V__Kingissepa_nim__kolhoos, lk 42
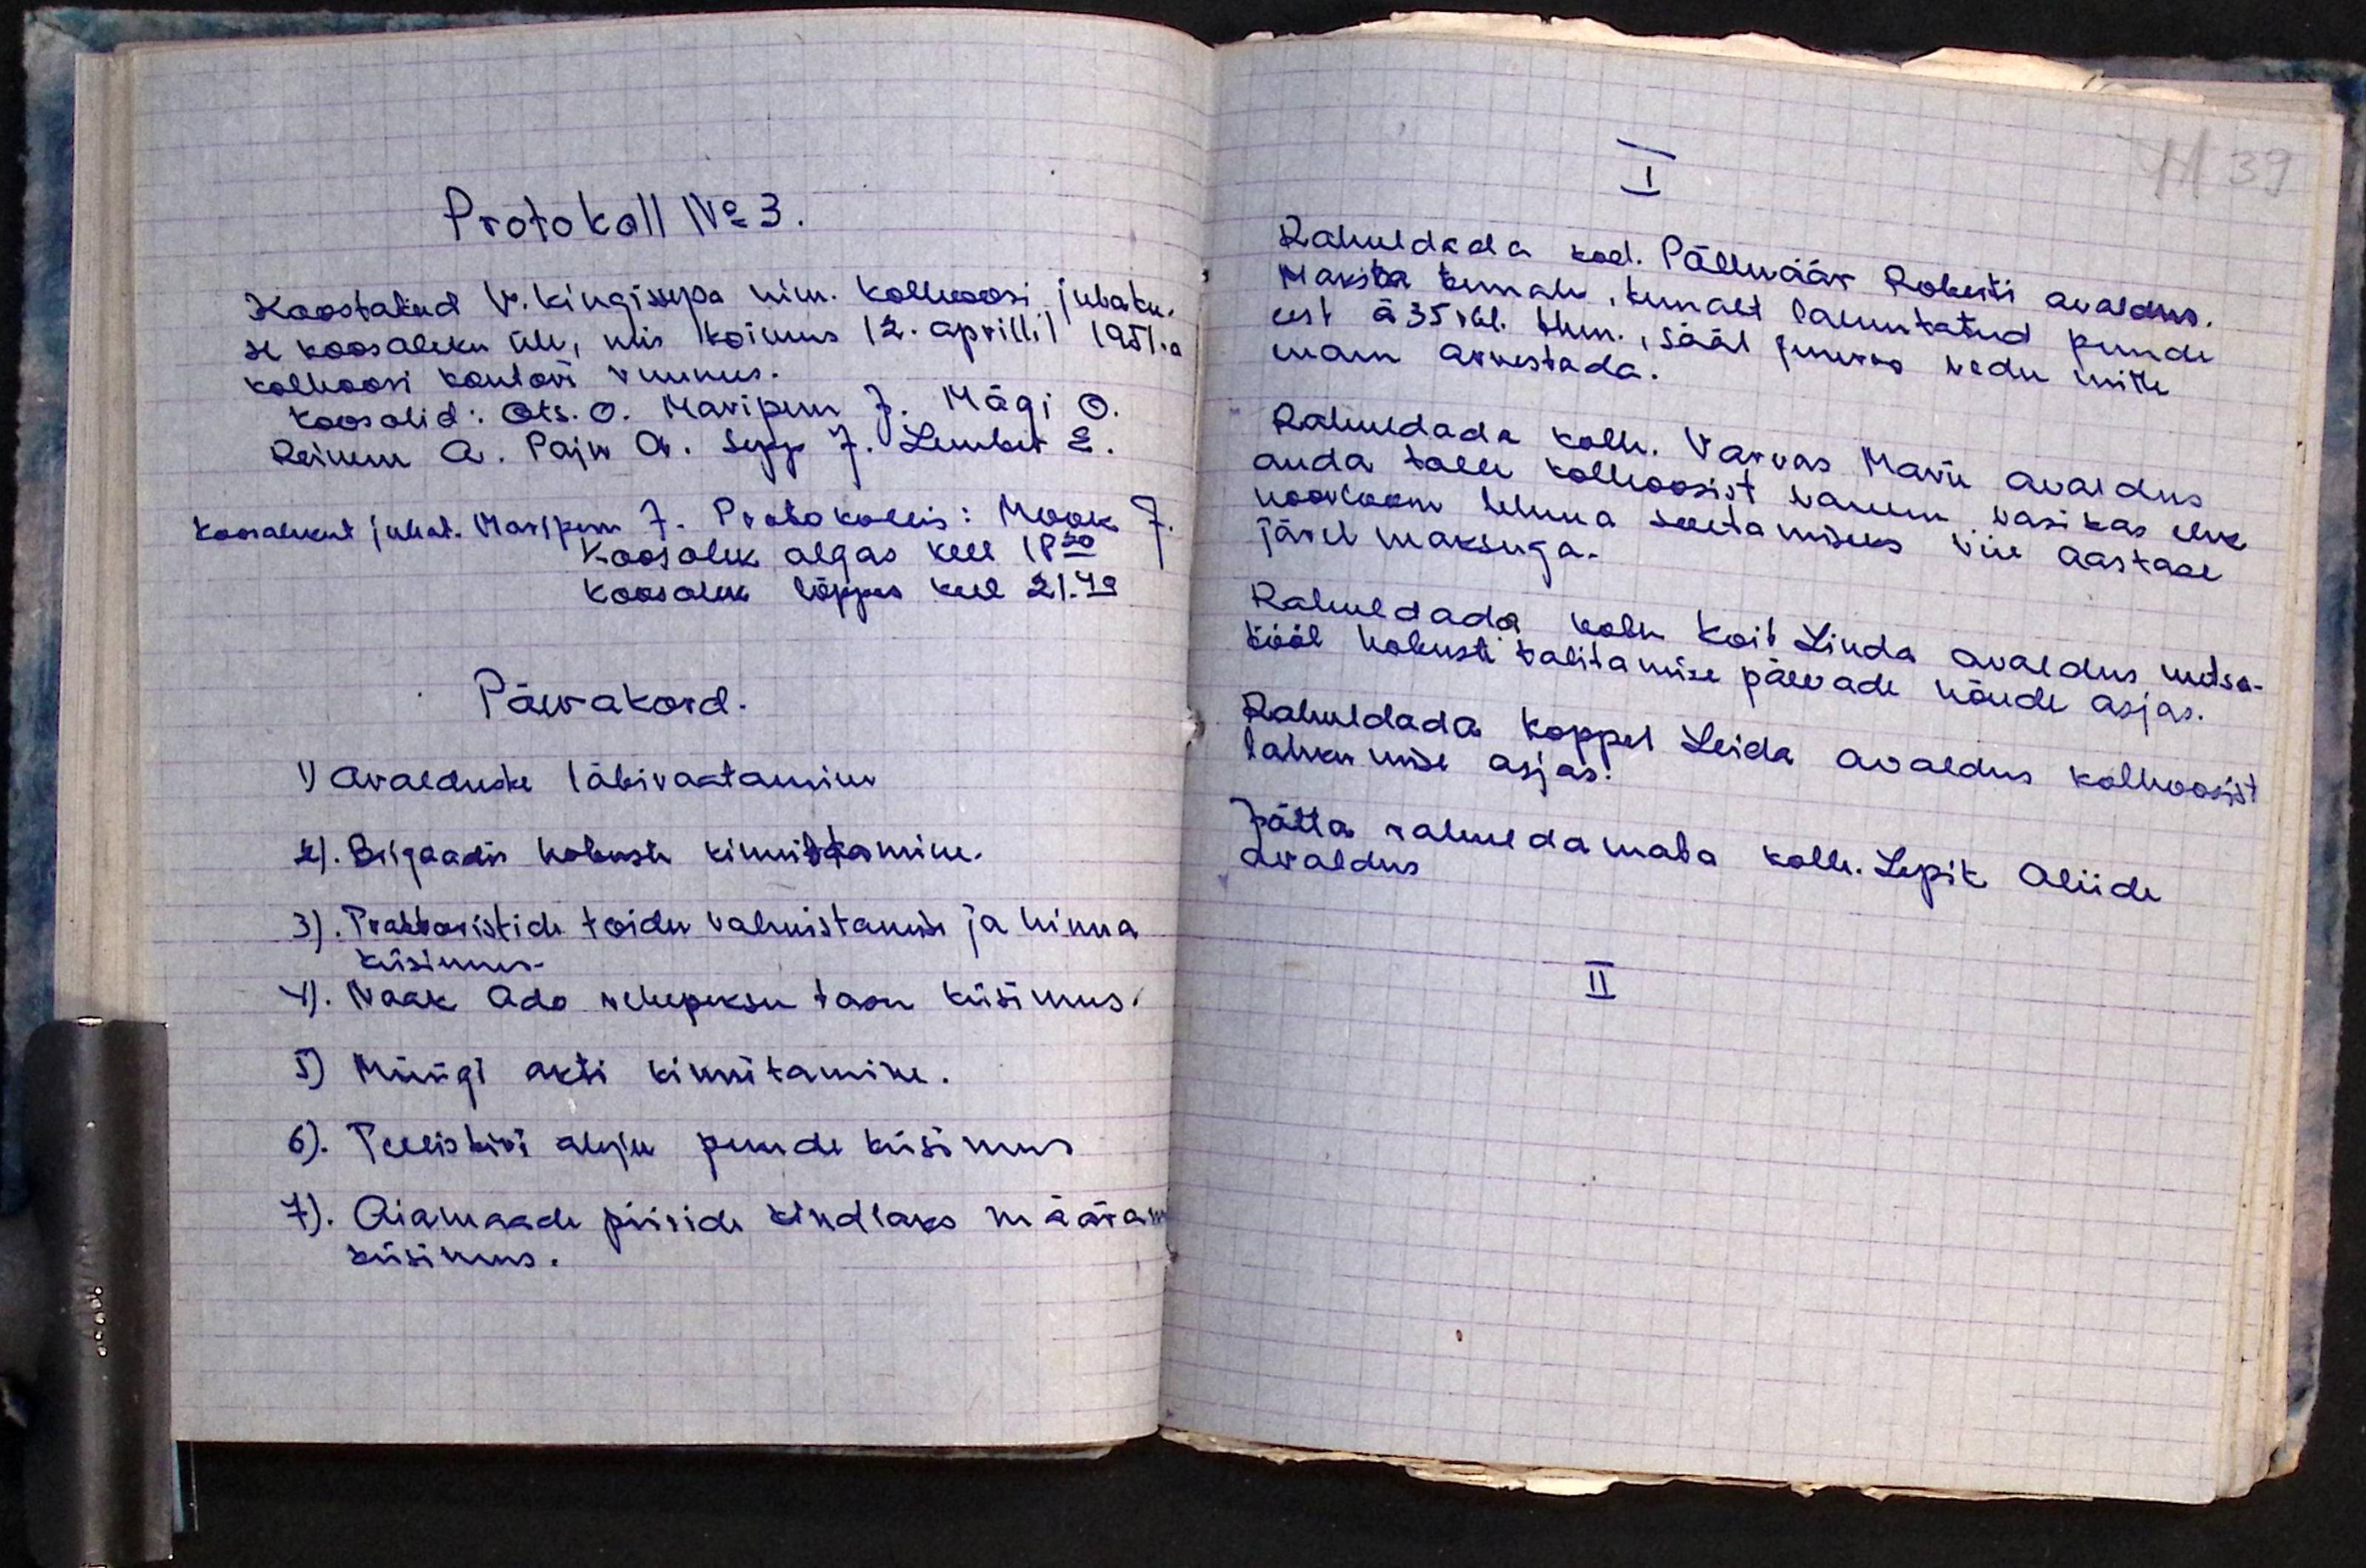
Protokoll No 3.
Koostatud V. Kingissepa nim. kolhoosi juhatu-
se koosoleku üle, mis toimus 12. aprillil 1951.a
kolhoosi kontori ruumes.
Koos olid: Ots. O. Maripuu J. Mägi O.
Reinem A. Paju A. Sepp J. Lember E.
Koosolekut juhat. Maripuu J. Protokollis: Mook J.
Koosolek algas kell 18.30
koosolek lõppes kell 21.40
Päevakord.
1) Avalduste läbivaatamine
2). Brigaadis hobuste kinnistamine.
3). Traktoristide toidu valmistamine ja hinna
küsimus.
4). Naak Ado rehepeksu tasu küsimus.
5) Müügi akti kinnitamine.
6). Telliskivi ahju puude küsimus
7). Aiamaade piiride kindlaks määram
küsimus.

I
Rahuldada kod. Põlluäär Roberti avaldus.
Maksta temale, temalt laenutatud puude
eest à 35 rbl. thm., sääl juures vedu mitte
enam arvestada.
Rahuldada kolh. Varvas Marie avaldus
anda talle kolhoosist vanem vasikas ilve
noorloom lehma soetamiseks viie aastase
järel maksuga.
Rahuldada kolh Koit Linda avaldus metsa-
tööl hobuste talitamise päevade nõude asjas.
Rahuldada Koppel Leida avaldus kolhoosist
lahkumise asjas.
Jätta rahuldamata kolh. Lepik Aliide
avaldus
II